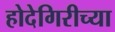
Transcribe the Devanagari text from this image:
होदेगिरीच्या